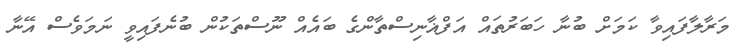
މަރާލާފައިވާ ކަމަށް ބުނާ ހަބަރުތައް އަފްޣާނިސްތާންގެ ބައެއް ނޫސްތަކުން ބުނެފައިވީ ނަމަވެސް އޭނާ